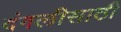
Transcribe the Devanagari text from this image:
दंगलीसाठी